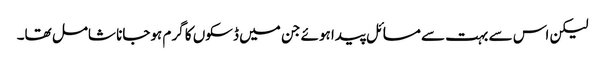
لیکن اس سے بہت سے مسائل پیدا ہوئے جن میں‌ ڈسکوں کا گرم ہوجانا شامل تھا۔